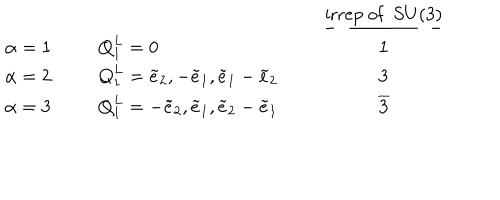
\begin{array} { l l l l c } { { } } & { { } } & { { } } & { { } } & { { \underline { { { { \mathrm { i r r e p ~ o f ~ } } ~ S U ( 3 ) } } } } } \\ { { \alpha = 1 } } & { { \phantom { 6 } } } & { { { \bf Q } _ { 1 } ^ { L } = 0 } } & { { \phantom { 6 } } } & { { { \bf 1 } } } \\ { { \alpha = 2 } } & { { } } & { { { \bf Q } _ { 1 } ^ { L } = \tilde { e } _ { 2 } , - \tilde { e } _ { 1 } , \tilde { e } _ { 1 } - \tilde { e } _ { 2 } } } & { { } } & { { { \bf 3 } } } \\ { { \alpha = 3 } } & { { } } & { { { \bf Q } _ { 1 } ^ { L } = - \tilde { e } _ { 2 } , \tilde { e } _ { 1 } , \tilde { e } _ { 2 } - \tilde { e } _ { 1 } } } & { { } } & { { { \bf { \overline { { { 3 } } } } } } } \\ \end{array}